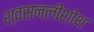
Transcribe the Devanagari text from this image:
श्वसनलीशोथ